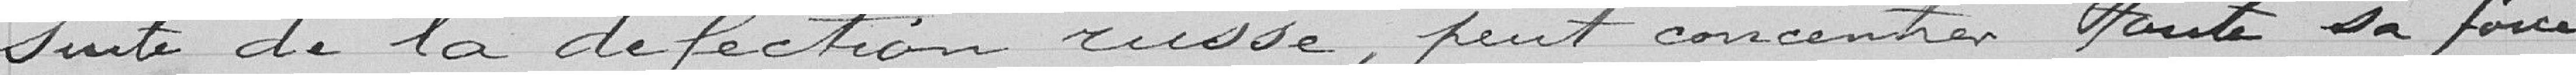
suite de la défection russe, peu concentrer toute sa force